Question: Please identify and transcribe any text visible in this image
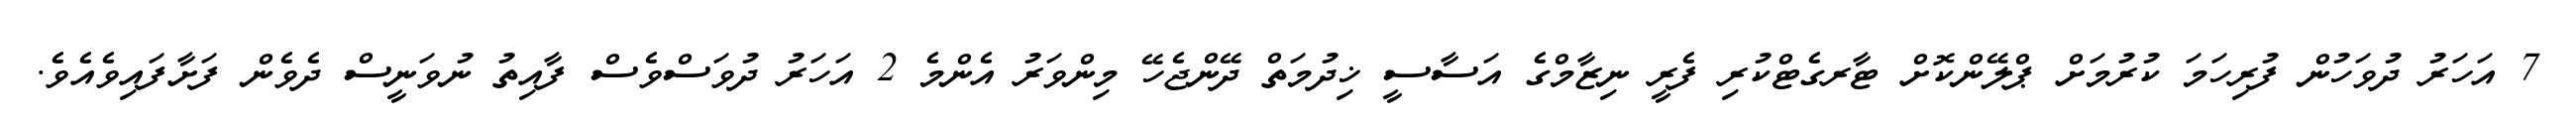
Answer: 7 އަހަރު ދުވަހުން ފުރިހަމަ ކުރުމަށް ޕްލޭންކޮށް ޓާރގެޓްކުރި ފެރީ ނިޒާމްގެ އަސާސީ ޚިދުމަތް ދޭންޖެހޭ މިންވަރު އެންމެ 2 އަހަރު ދުވަސްވެސް ފާއިތު ނުވަނީސް ދެވެން ފަށާފައިވެއެވެ.